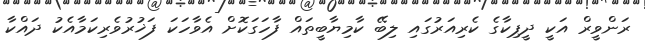
ރަންވީރް އަކީ ދީޕިކާގެ ކެރިއަރުގައި ލިބޭ ކާމިޔާބީތައް ފާހަގަކޮށް އެވާހަކަ ފަޚުރުވެރިކަމާއެކު ދައްކާ